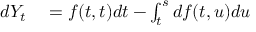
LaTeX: \begin{array} { r l } { d Y _ { t } } & { { } = f ( t , t ) d t - \int _ { t } ^ { s } d f ( t , u ) d u } \end{array}